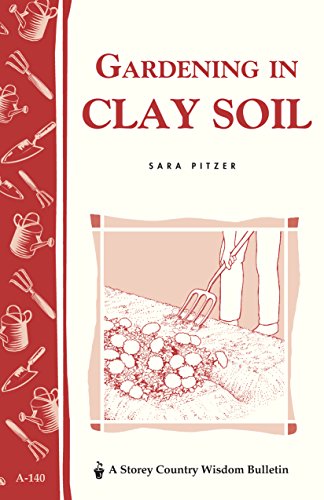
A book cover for Gardening in Clay Soil: Storey's Country Wisdom Bulletin A-140 (Storey Publishing Bulletin); Sara Pitzer; Crafts, Hobbies & Home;